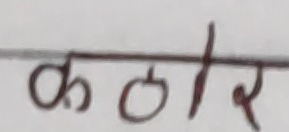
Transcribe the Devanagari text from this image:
कठोर